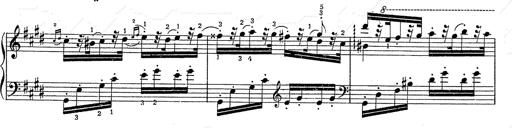
Title: Hungarian Rhapsody No.2
Composer: Franz Liszt
Key: C-sharp minor